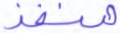
منفذ